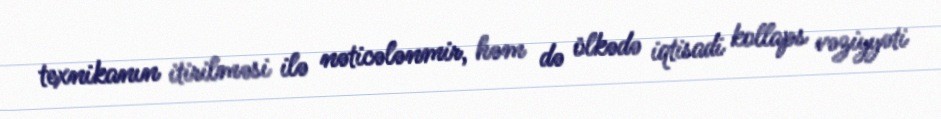
texnikanın itirilməsi ilə nəticələnmir, həm də ölkədə iqtisadi kollaps vəziyyəti